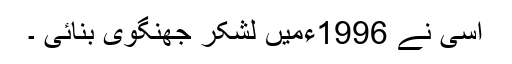
اسی نے 1996ءمیں لشکر جھنگوی بنائی ۔